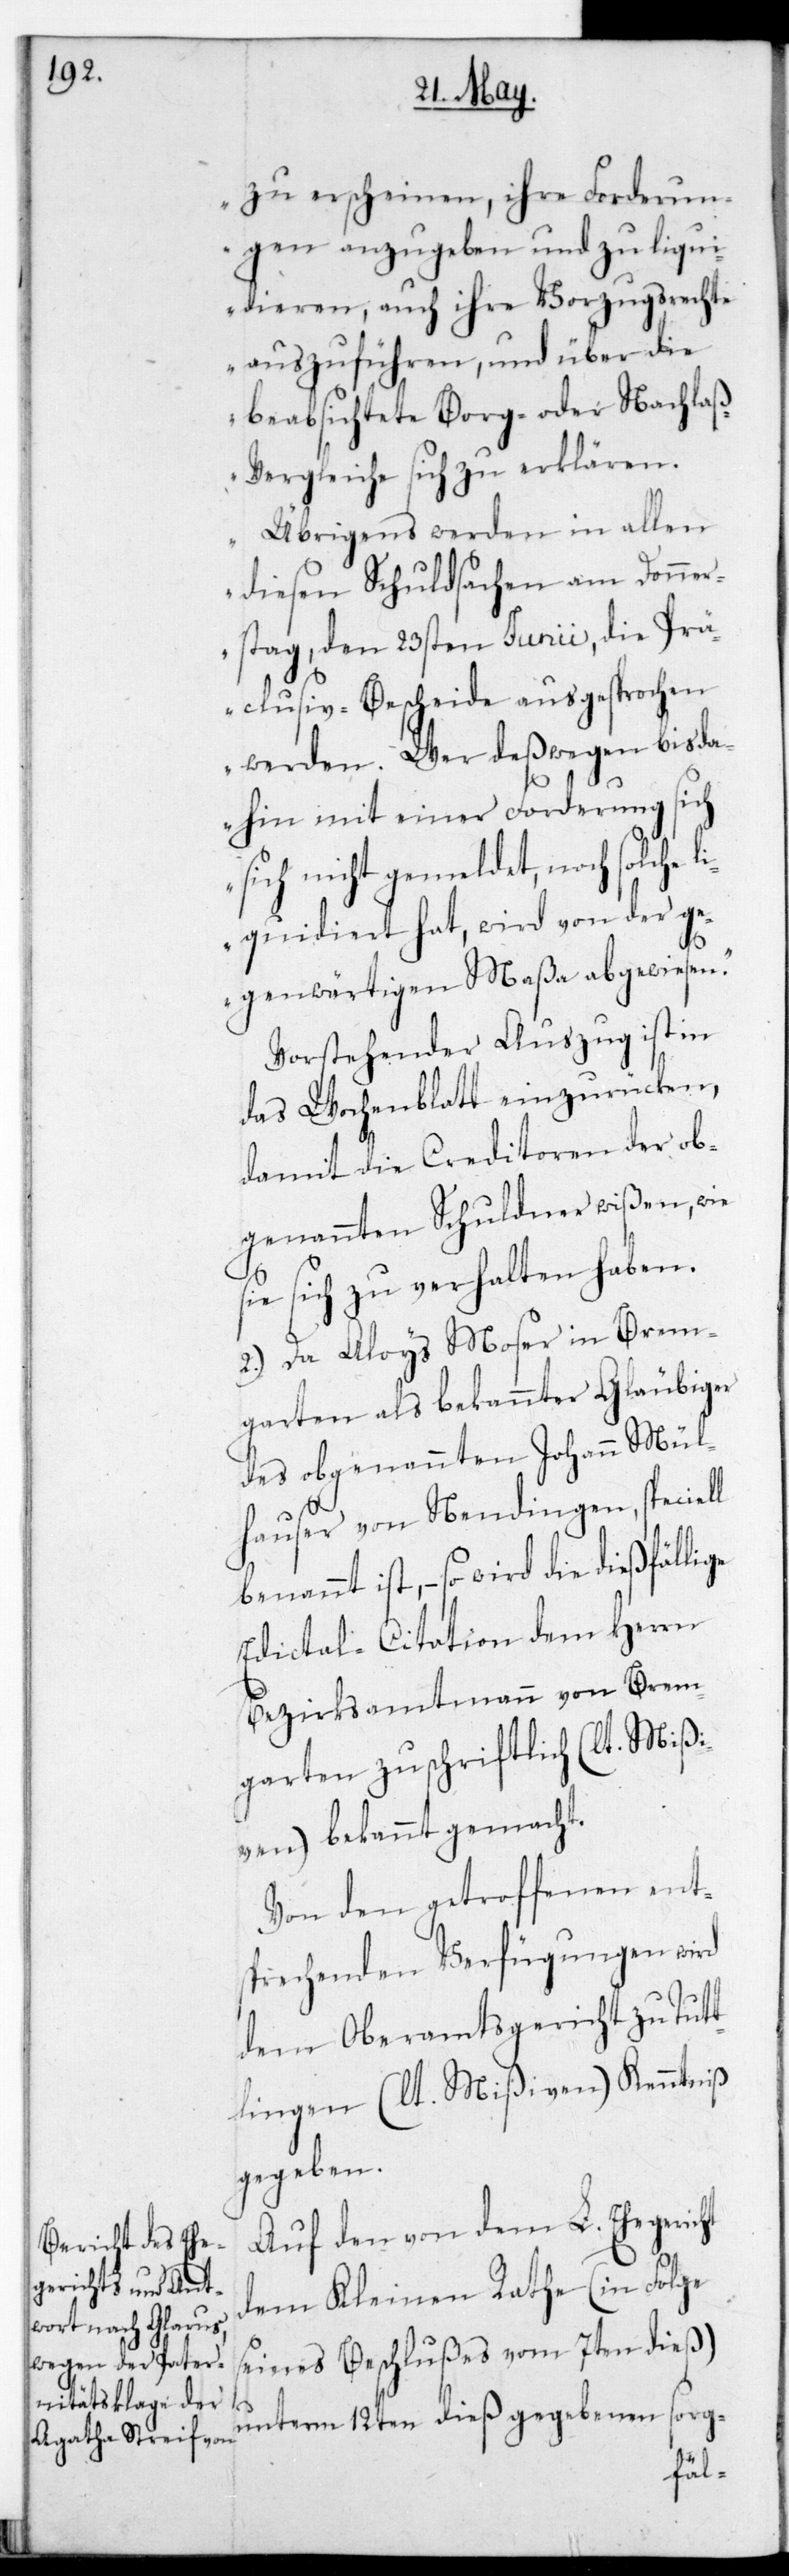
zu erscheinen, ihre Forderun¬
gen anzugeben und zu liqui¬
dieren, auch ihre Vorzugsrechte
auszuführen, und über die
beabsichtete Borg- oder Nachlaß¬
vergleiche sich zu erklären.
Übrigens werden in allen
diesen Schuldsachen am Donner¬
stag den 23sten Junii, die Prä¬
clusiv-Bescheide ausgesprochen
werden. Wer deßwegen bis da¬
hin mit einer Forderung s¬
ich nicht gemeldet noch solche li¬
quidiert hat, wird von der ge¬
genwärtigen Maaßa abgewiesen.“
Vorstehender Auszug ist in
das Wochenblatt einzurücken,
damit die Creditoren der ob¬
genannten Schuldner wißen, wie
sie sich zu verhalten haben.
2.) Da Aloys Moser in Brem¬
garten als bekannter Gläubiger
des obgenannten Johann Mül¬
hauser von Nendingen, speciell
ist, – so wird die dießfällige
Edictal-Citation dem Herrn
Bezirksamtmann von Brem¬
garten zuschriftlich (lt. Mißi¬
ven) bekannt gemacht.
Von den getroffenen ent¬
sprechenden Verfügungen wird
dem Oberamtsgericht zu Tut¬
tlingen (lt. Mißiven) Kenntniß
gegeben.
Auf den von dem L. Ehegericht
dem Kleinen Rathe (in Folge
seines Beschlußes vom 7ten dieß)
unterm 12ten dieß gegebenen sorg-